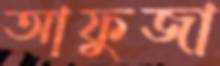
আফুজা